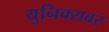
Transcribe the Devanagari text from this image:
युनिक्सवर